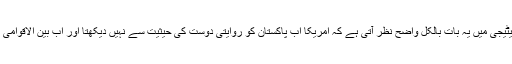
ڈونلڈ ٹرمپ کی افغانستان اور پاکستان کی بابت نئی اسٹریٹیجی میں یہ بات بالکل واضح نظر آتی ہے کہ امریکا اب پاکستان کو روایتی دوست کی حیثیت سے نہیں دیکھتا اور اب بین الاقوامی بساط پر بازی دیگر مہروں کے ساتھ کھیلی جا رہی ہے۔